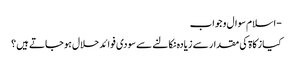
- اسلام سوال و جواب
کیا زکاۃ کی مقدار سے زیادہ نکالنے سے سودی فوائد حلال ہو جاتے ہیں ؟